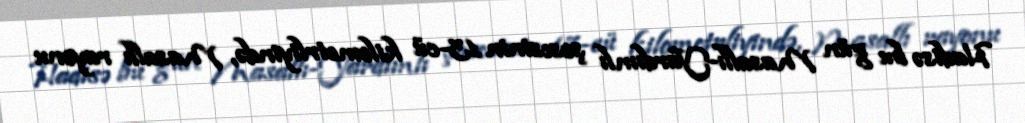
Hadisə bu gün Masallı-Yardımlı şosesinin 13-cü kilometrliyində, Masallı rayonu